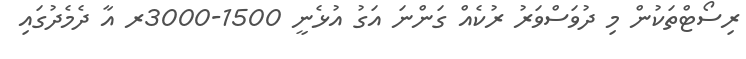
ރިސޯޓްތަކުން މި ދުވަސްވަރު ރުކެއް ގަންނަ އަގު އުޅެނީ 1500-3000ރ އާ ދެމެދުގައި